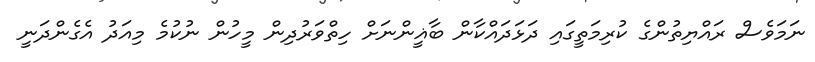
ނަމަވެސް ރައްޔިތުންގެ ކުރިމަތީގައި ދަޅަދައްކާން ބާޣީންނަށް ހިތްވަރުދިން މީހުން ނުކުމެ މިއަދު އެގެންދަނީ